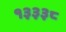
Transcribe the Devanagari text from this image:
१३३३८